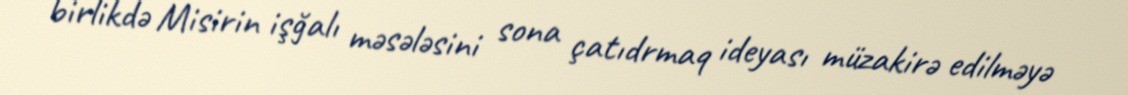
birlikdə Misirin işğalı məsələsini sona çatıdrmaq ideyası müzakirə edilməyə